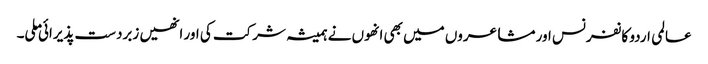
عالمی اردو کانفرنس اور مشاعروں میں بھی انھوں نے ہمیشہ شرکت کی اور انھیں زبردست پذیرائی ملی۔